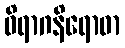
ဝိရာဂနိရောဓာ